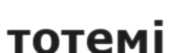
тотемі